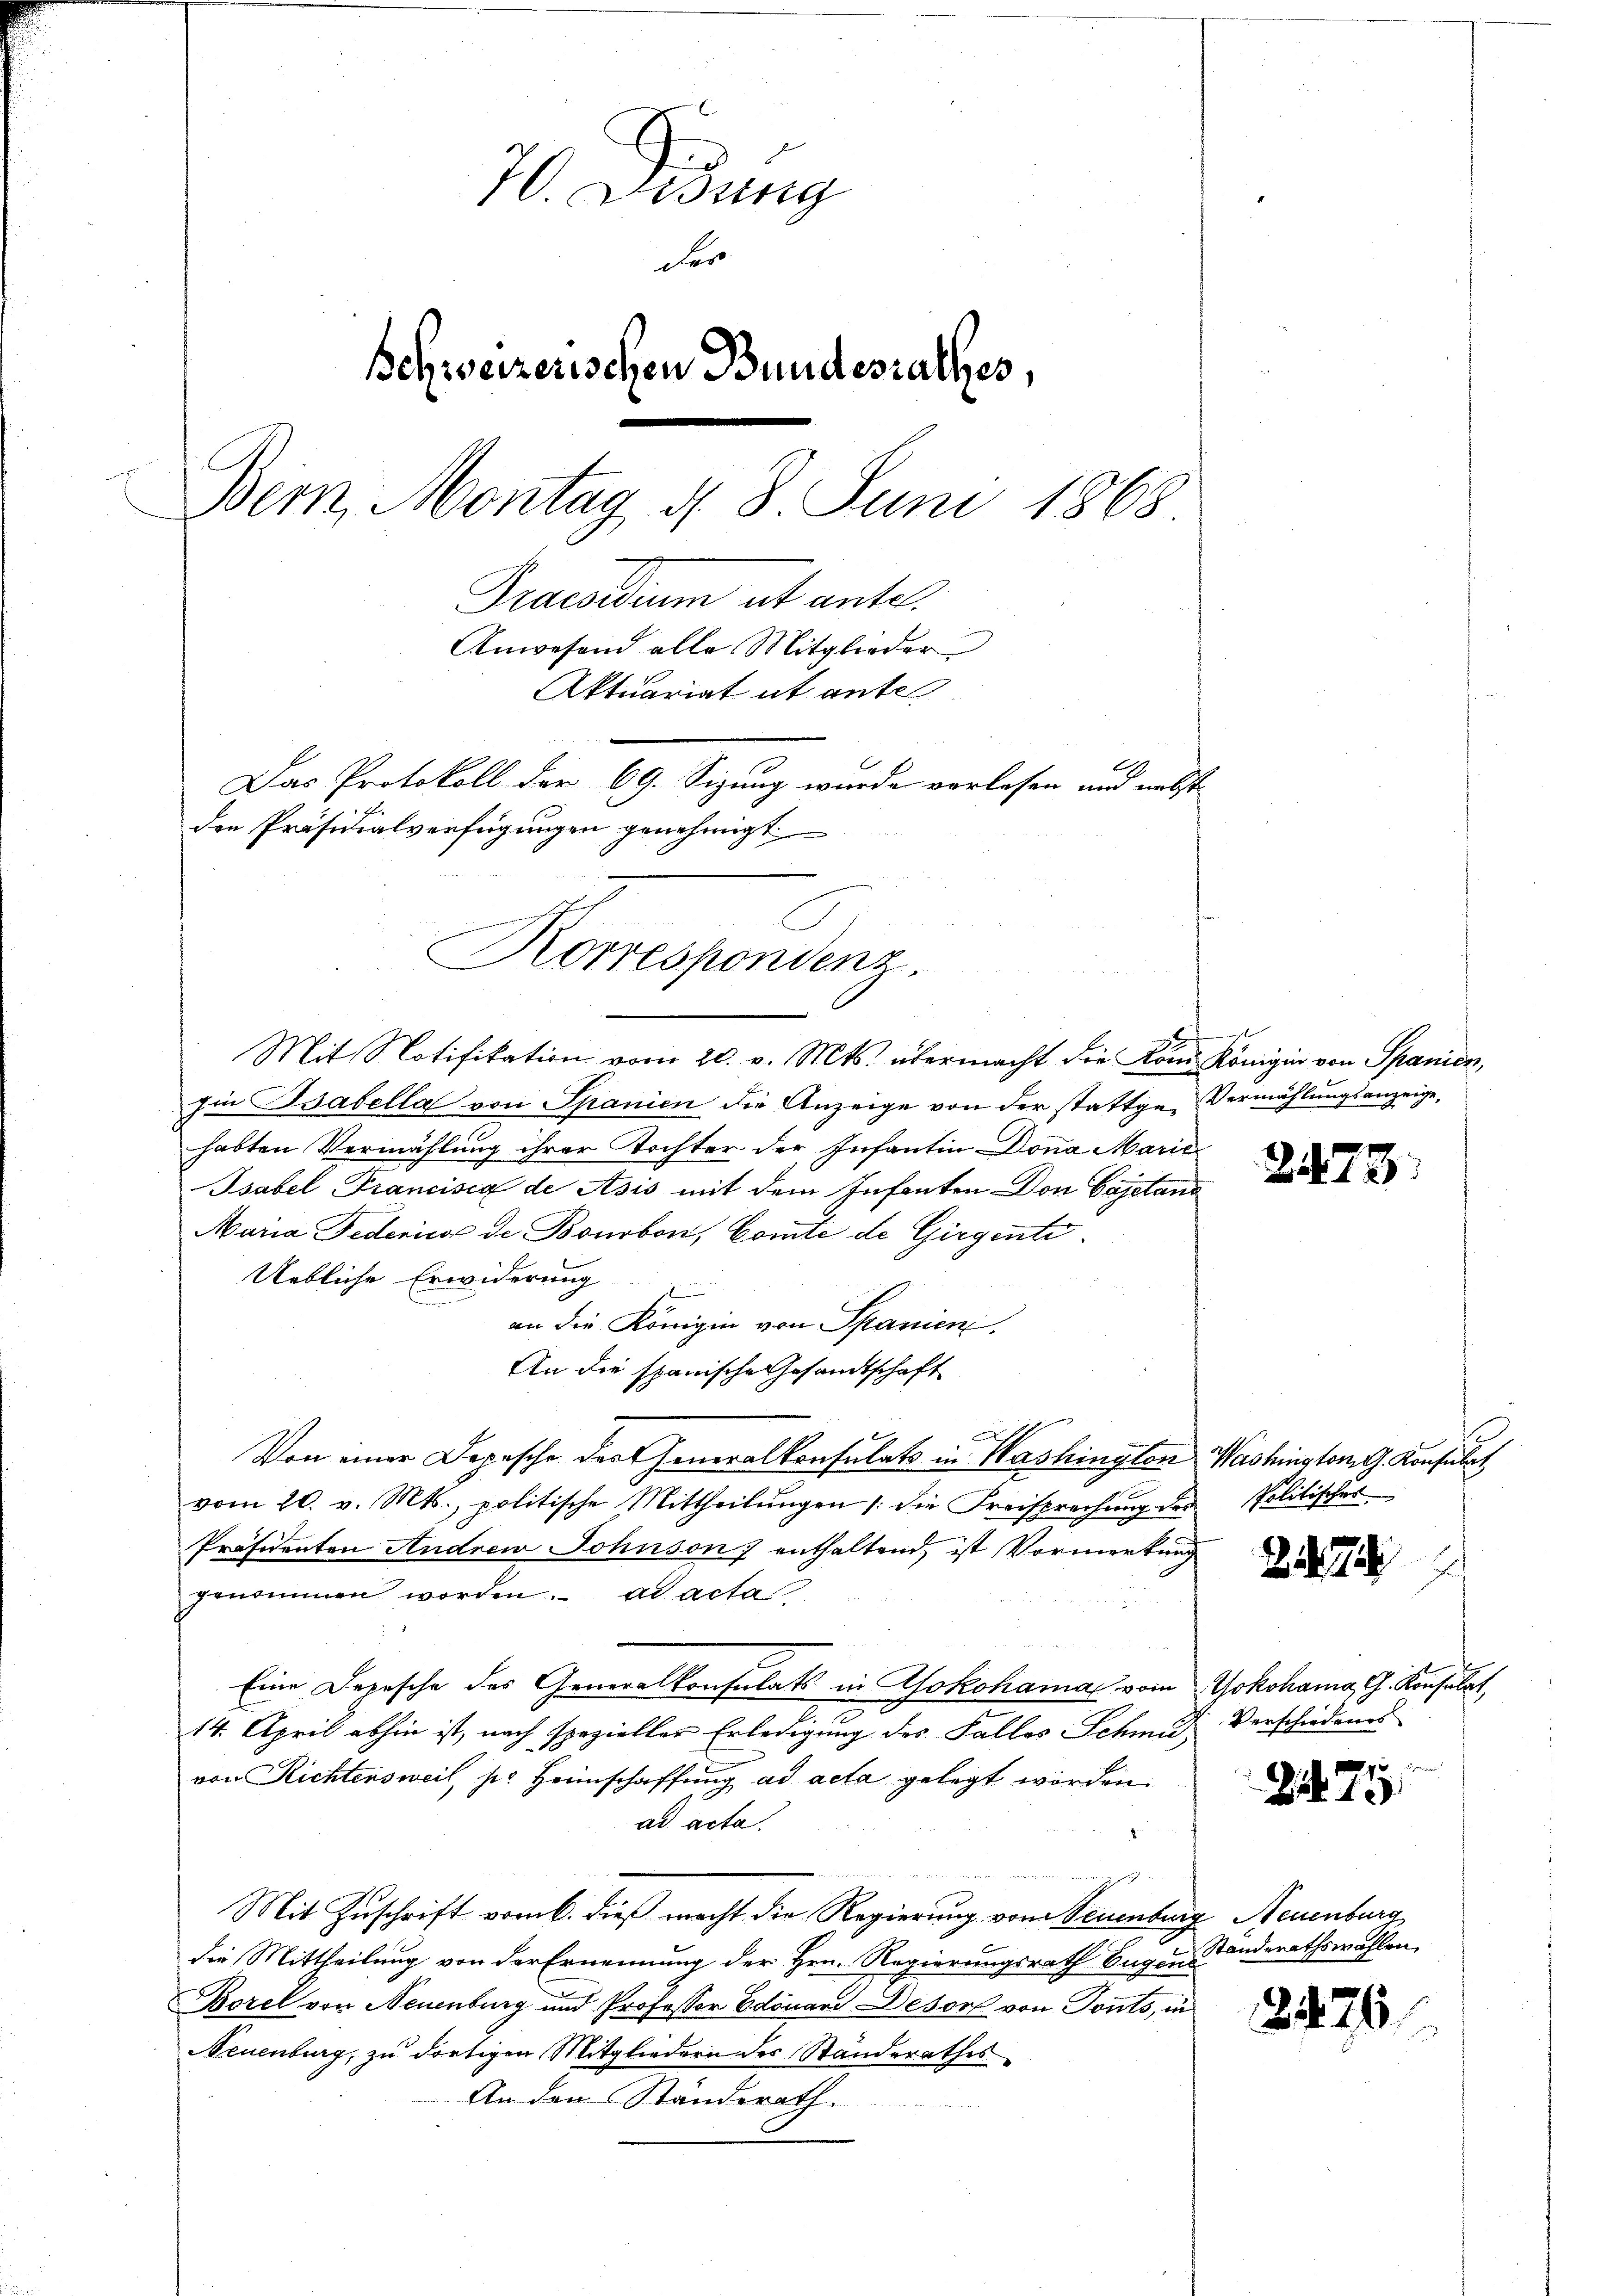
70. Didung
Fer
Schweizerischen Bundesrathes,
Bern, Montag d. 8. Juni 1868.
Praesidium et antel
Anwesend alle Mitglieder
Aktuariat ut ante
Das Protokoll der 69. Sizung wurde vorlesen und nebst
den Präsidialverfügungen genehmigt

Korrespondenz.

Mit Notifikation vom 20. v. Mts. übermacht die vom Königin von Spanien,
gin Bsabella von Spanien die Anzeige von der stattge Vermählungsanzeige,
habten Vermählung ihrer Tochter der Infantin Donna Marie
Psabel Francisca de Asis mit dem Infanten Don Cajetani
Maria Federicos de Bonbon, Comite de Girgente
Uebliche Erwiderung
an die Königin von Spanien
An die spanische Gesandtschaft
Von einer Depesche dort Generalkonsulats in Washington Washington Konsulat
vom 20. v. Mts., politische Mittheilŭngen die Freisprechŭng der Politisches
Präsidenten Andrew Johnson enthaltend, ist Vormerkung
genommen worden. ad acta
Eine Depesche des Generalkonsulats in Yokohama vom Yokohama, G. Konsulat,
2
14. April abhin ist, nach spezieller Erledigung des Falles Schmid Verschiedenes
von Richtersweil, pr. Heimschaffung ad acta gelegt worden.
ad acta.
u
Mit Zuschrift vom 6. dieß macht die Regierung von Neuenburg, Neuenburg
die Mittheilung von der Ernennung der Hrn. Regierungsrath Eugen Standerathswahlen,
Borel von Neuenburg und Professor Edouard Deser von Tonts, in
Neuenburg, zu dortigen Mitgliedern des Standerathes
An den Standerath
d

21

2472

2474

274

2476